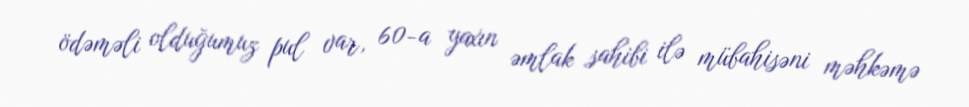
ödəməli olduğumuz pul var, 60-a yaxın əmlak sahibi ilə mübahisəni məhkəmə